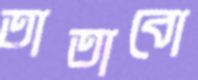
তাতাবো